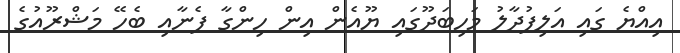
އިއްޔެ ގައި އަލިފުދާލު މަހިބަދޫގައި ޔޫއެން އިން ހިންގާ ފެނާއި ބެހޭ މަޝްރޫއުގެ